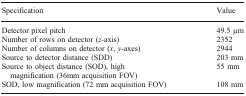
<table><thead><tr><td><b>Specification</b></td><td><b>Value</b></td></tr></thead><tbody><tr><td>Detector pixel pitch</td><td>49.5 μm</td></tr><tr><td>Number of rows on detector (<i>z</i>-axis)</td><td>2352</td></tr><tr><td>Number of columns on detector (<i>x</i>, <i>y</i>-axes)</td><td>2944</td></tr><tr><td>Source to detector distance (SDD)</td><td>203 mm</td></tr><tr><td>Source to object distance (SOD), high magnification (36mm acquisition FOV)</td><td>55 mm</td></tr><tr><td>SOD, low magnification (72 mm acquisition FOV)</td><td>108 mm</td></tr></tbody></table>